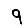
Digit: 9